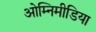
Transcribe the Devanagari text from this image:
ओम्‍निमीडिया